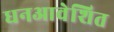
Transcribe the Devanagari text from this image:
धनआवेशित